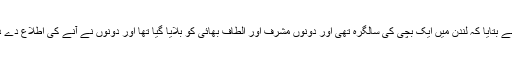
دوست نے بتایا کہ لندن میں ایک بچی کی سالگرہ تھی اور دونوں مشرف اور الطاف بھائی کو بلایا گیا تھا اور دونوں نے آنے کی اطلاع دے دی تھی۔